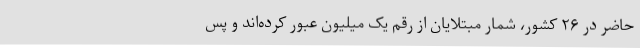
حاضر در ۲۶ کشور، شمار مبتلایان از رقم یک میلیون عبور کرده‌اند و پس